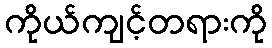
ကိုယ်ကျင့်တရားကို